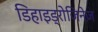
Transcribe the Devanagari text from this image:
डिहाइड्रोजिनेज